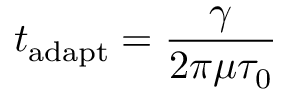
t _ { \mathrm { a d a p t } } = \frac { \gamma } { 2 \pi \mu \tau _ { \mathrm { 0 } } }